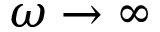
\omega \to \infty